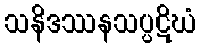
သနိဒဿနသပ္ပဋိဃံ